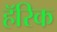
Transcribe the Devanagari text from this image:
हॅरिक